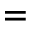
=